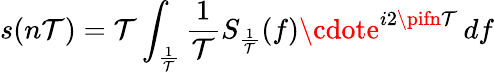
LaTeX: s(n\mathcal{T})=\mathcal{T}\int_{\frac{{1}}{{\mathcal{T}}}}{\frac{{1}}{{\mathcal{T}}}}S_{\frac{{1}}{{\mathcal{T}}}}(f)\cdote^{i2\pifn\mathcal{T}}\, df